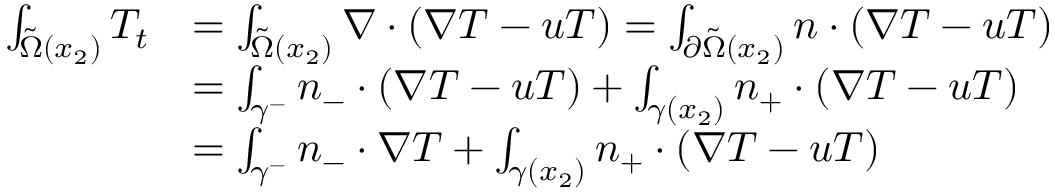
\begin{array} { r l } { \int _ { \tilde { \Omega } ( x _ { 2 } ) } T _ { t } } & { = \int _ { \tilde { \Omega } ( x _ { 2 } ) } \nabla \cdot ( \nabla T - u T ) = \int _ { \partial \tilde { \Omega } ( x _ { 2 } ) } n \cdot ( \nabla T - u T ) } \\ & { = \int _ { \gamma ^ { - } } n _ { - } \cdot ( \nabla T - u T ) + \int _ { \gamma ( x _ { 2 } ) } n _ { + } \cdot ( \nabla T - u T ) } \\ & { = \int _ { \gamma ^ { - } } n _ { - } \cdot \nabla T + \int _ { \gamma ( x _ { 2 } ) } n _ { + } \cdot ( \nabla T - u T ) } \end{array}